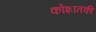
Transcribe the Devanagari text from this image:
कोशातकी